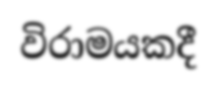
විරාමයකදී